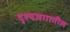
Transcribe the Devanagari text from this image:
दृश्यजगातील